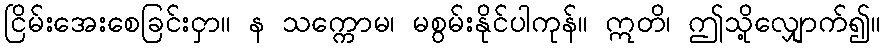
ငြိမ်းအေးစေခြင်းငှာ။ န သက္ကောမ၊ မစွမ်းနိုင်ပါကုန်။ ဣတိ၊ ဤသို့လျှောက်၍။